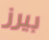
بيرز